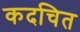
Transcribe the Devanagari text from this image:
कदचित